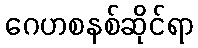
ဂေဟစနစ်ဆိုင်ရာ